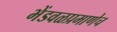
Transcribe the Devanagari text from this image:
भेंडवळप्रमाणेच